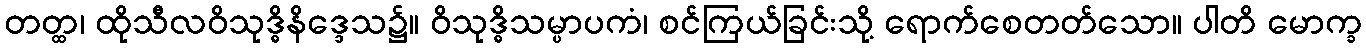
တတ္ထ၊ ထိုသီလဝိသုဒ္ဓိနိဒ္ဒေသ၌။ ဝိသုဒ္ဓိသမ္ပာပကံ၊ စင်ကြယ်ခြင်းသို့ ရောက်စေတတ်သော။ ပါတိ မောက္ခ